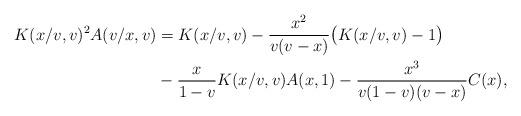
LaTeX: \begin{align*}K(x/v,v)^2A(v/x,v)&=K(x/v,v)-\frac{x^2}{v(v-x)}\big(K(x/v,v)-1\big)\\&-\frac{x}{1-v}K(x/v,v)A(x,1)-\frac{x^3}{v(1-v)(v-x)}C(x),\end{align*}